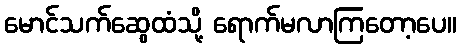
မောင်သက်ဆွေထံသို့ ရောက်မလာကြတော့ပေ။